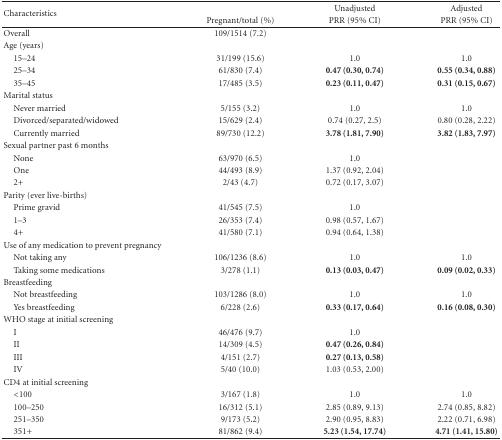
<table><thead><tr><td rowspan="2"><b>Characteristics</b></td><td></td><td><b>Unadjusted</b></td><td><b>Adjusted</b></td></tr><tr><td><b>Pregnant/total (%)</b></td><td><b>PRR (95% CI)</b></td><td><b>PRR (95% CI) </b></td></tr></thead><tbody><tr><td>Overall</td><td>109/1514 (7.2)</td><td></td><td></td></tr><tr><td>Age (years)</td><td></td><td></td><td></td></tr><tr><td> 15–24</td><td>31/199 (15.6)</td><td>1.0</td><td>1.0</td></tr><tr><td> 25–34</td><td>61/830 (7.4)</td><td><b>0.47 (0.30, 0.74)</b></td><td><b>0.55 (0.34, 0.88)</b></td></tr><tr><td> 35–45</td><td>17/485 (3.5)</td><td><b>0.23 (0.11, 0.47)</b></td><td><b>0.31 (0.15, 0.67)</b></td></tr><tr><td>Marital status</td><td></td><td></td><td></td></tr><tr><td> Never married</td><td>5/155 (3.2)</td><td>1.0</td><td>1.0</td></tr><tr><td> Divorced/separated/widowed</td><td>15/629 (2.4)</td><td>0.74 (0.27, 2.5)</td><td>0.80 (0.28, 2.22)</td></tr><tr><td> Currently married</td><td>89/730 (12.2)</td><td><b>3.78 (1.81, 7.90)</b></td><td><b>3.82 (1.83, 7.97)</b></td></tr><tr><td>Sexual partner past 6 months</td><td></td><td></td><td></td></tr><tr><td> None</td><td>63/970 (6.5)</td><td>1.0</td><td></td></tr><tr><td> One</td><td>44/493 (8.9)</td><td>1.37 (0.92, 2.04)</td><td></td></tr><tr><td> 2+</td><td>2/43 (4.7)</td><td>0.72 (0.17, 3.07)</td><td></td></tr><tr><td>Parity (ever live-births)</td><td></td><td></td><td></td></tr><tr><td> Prime gravid</td><td>41/545 (7.5)</td><td>1.0</td><td></td></tr><tr><td> 1–3</td><td>26/353 (7.4)</td><td>0.98 (0.57, 1.67)</td><td></td></tr><tr><td> 4+</td><td>41/580 (7.1)</td><td>0.94 (0.64, 1.38)</td><td></td></tr><tr><td>Use of any medication to prevent pregnancy</td><td></td><td></td><td></td></tr><tr><td> Not taking any</td><td>106/1236 (8.6)</td><td>1.0</td><td>1.0</td></tr><tr><td> Taking some medications</td><td>3/278 (1.1)</td><td><b>0.13 (0.03, 0.47)</b></td><td><b>0.09 (0.02, 0.33)</b></td></tr><tr><td>Breastfeeding</td><td></td><td></td><td></td></tr><tr><td> Not breastfeeding</td><td>103/1286 (8.0)</td><td>1.0</td><td>1.0</td></tr><tr><td> Yes breastfeeding</td><td>6/228 (2.6)</td><td><b>0.33 (0.17, 0.64)</b></td><td><b>0.16 (0.08, 0.30)</b></td></tr><tr><td>WHO stage at initial screening</td><td></td><td></td><td></td></tr><tr><td> I</td><td>46/476 (9.7)</td><td>1.0</td><td></td></tr><tr><td> II</td><td>14/309 (4.5)</td><td><b>0.47 (0.26, 0.84)</b></td><td></td></tr><tr><td> III</td><td>4/151 (2.7)</td><td><b>0.27 (0.13, 0.58)</b></td><td></td></tr><tr><td> IV</td><td>5/40 (10.0)</td><td>1.03 (0.53, 2.00)</td><td></td></tr><tr><td>CD4 at initial screening</td><td></td><td></td><td></td></tr><tr><td> &lt;100</td><td>3/167 (1.8)</td><td>1.0</td><td>1.0</td></tr><tr><td> 100–250</td><td>16/312 (5.1)</td><td>2.85 (0.89, 9.13)</td><td>2.74 (0.85, 8.82)</td></tr><tr><td> 251–350</td><td>9/173 (5.2)</td><td>2.90 (0.95, 8.83)</td><td>2.22 (0.71, 6.98)</td></tr><tr><td> 351+</td><td>81/862 (9.4)</td><td><b>5.23 (1.54, 17.74)</b></td><td><b>4.71 (1.41, 15.80)</b></td></tr></tbody></table>